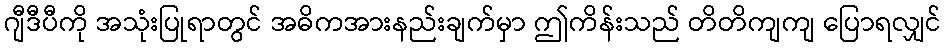
ဂျီဒီပီကို အသုံးပြုရာတွင် အဓိကအားနည်းချက်မှာ ဤကိန်းသည် တိတိကျကျ ပြောရလျှင်